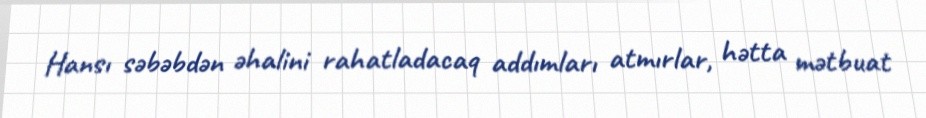
Hansı səbəbdən əhalini rahatladacaq addımları atmırlar, hətta mətbuat